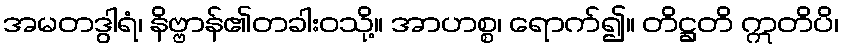
အမတဒွါရံ၊ နိဗ္ဗာန်၏တခါးဝသို့။ အာဟစ္စ၊ ရောက်၍။ တိဋ္ဌတိ ဣတိပိ၊